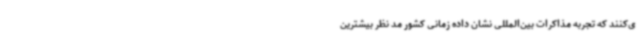
ی‌کنند که تجربه مذاکرات بین‌المللی نشان داده زمانی کشور مد نظر بیشترین